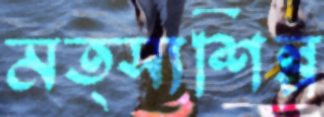
মত্স্যশিল্প